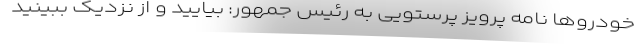
خودروها نامه پرویز پرستویی به رئیس جمهور: بیایید و از نزدیک ببینید